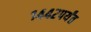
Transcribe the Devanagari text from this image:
१४४२पर्यंत